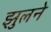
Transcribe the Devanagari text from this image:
झुलने